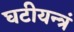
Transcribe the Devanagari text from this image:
घटीयन्त्रं